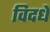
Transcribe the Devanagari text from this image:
विदधे